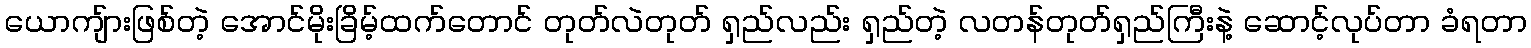
ယောကျ်ားဖြစ်တဲ့ အောင်မိုးခြိမ့်ထက်တောင် တုတ်လဲတုတ် ရှည်လည်း ရှည်တဲ့ လတန်တုတ်ရှည်ကြီးနဲ့ ဆောင့်လုပ်တာ ခံရတာ